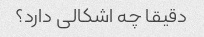
دقیقا چه اشکالی دارد؟